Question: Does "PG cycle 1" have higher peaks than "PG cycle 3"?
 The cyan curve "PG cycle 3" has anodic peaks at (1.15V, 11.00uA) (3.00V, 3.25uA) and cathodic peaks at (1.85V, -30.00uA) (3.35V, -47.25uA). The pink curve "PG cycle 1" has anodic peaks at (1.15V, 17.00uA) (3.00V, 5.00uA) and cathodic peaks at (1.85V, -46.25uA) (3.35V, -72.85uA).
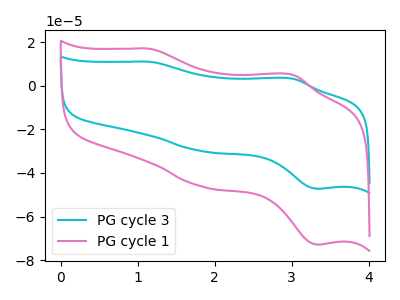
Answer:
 <answer>Every peak in "PG cycle 1" is higher than every peak in "PG cycle 3".</answer>
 <eval>higher</eval>